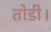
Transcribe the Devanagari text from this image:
तोडी।